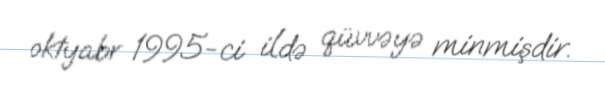
oktyabr 1995-ci ildə qüvvəyə minmişdir.